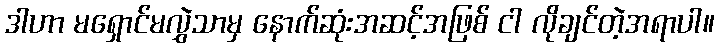
ဒါဟာ မရှောင်မလွှဲသာမှ နောက်ဆုံးအဆင့်အဖြစ် ငါ လိုချင်တဲ့အရာပါ။